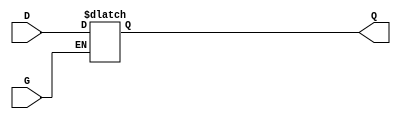
// $Header: /devl/xcs/repo/env/Databases/CAEInterfaces/xec_libs/data/unisims/LD.v,v 1.1 2005/05/10 01:20:06 wloo Exp $

/*

FUNCTION	: D-LATCH

*/

`celldefine
`timescale  100 ps / 10 ps

module LD (Q, D, G);

    parameter INIT = 1'b0;

    output Q;
    reg    Q;

    input  D, G;

	always @( D or G)
	    if (G)
		Q <= D;

endmodule